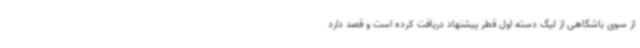
از سوی باشگاهی از لیگ دسته اول قطر پیشنهاد دریافت کرده است و قصد دارد